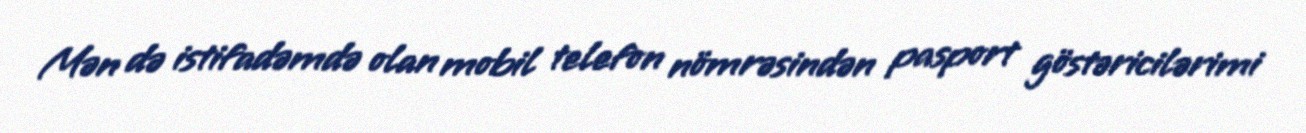
Mən də istifadəmdə olan mobil telefon nömrəsindən pasport göstəricilərimi